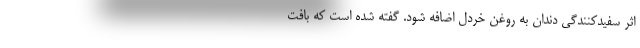
اثر سفیدکنندگی دندان به روغن خردل اضافه شود. گفته شده است که بافت